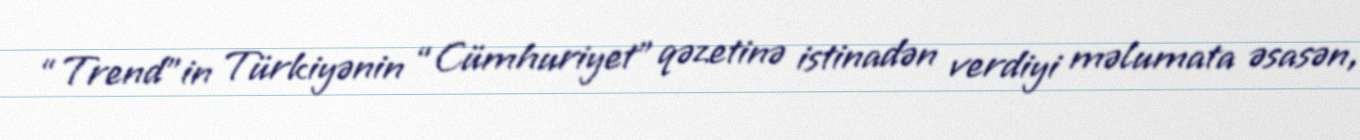
“Trend”in Türkiyənin “Cümhuriyet” qəzetinə istinadən verdiyi məlumata əsasən,